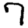
Digit: 7